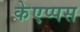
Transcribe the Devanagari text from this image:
केएप्पस